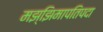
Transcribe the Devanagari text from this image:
मझ्झिमापतिपदा